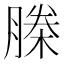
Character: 榺